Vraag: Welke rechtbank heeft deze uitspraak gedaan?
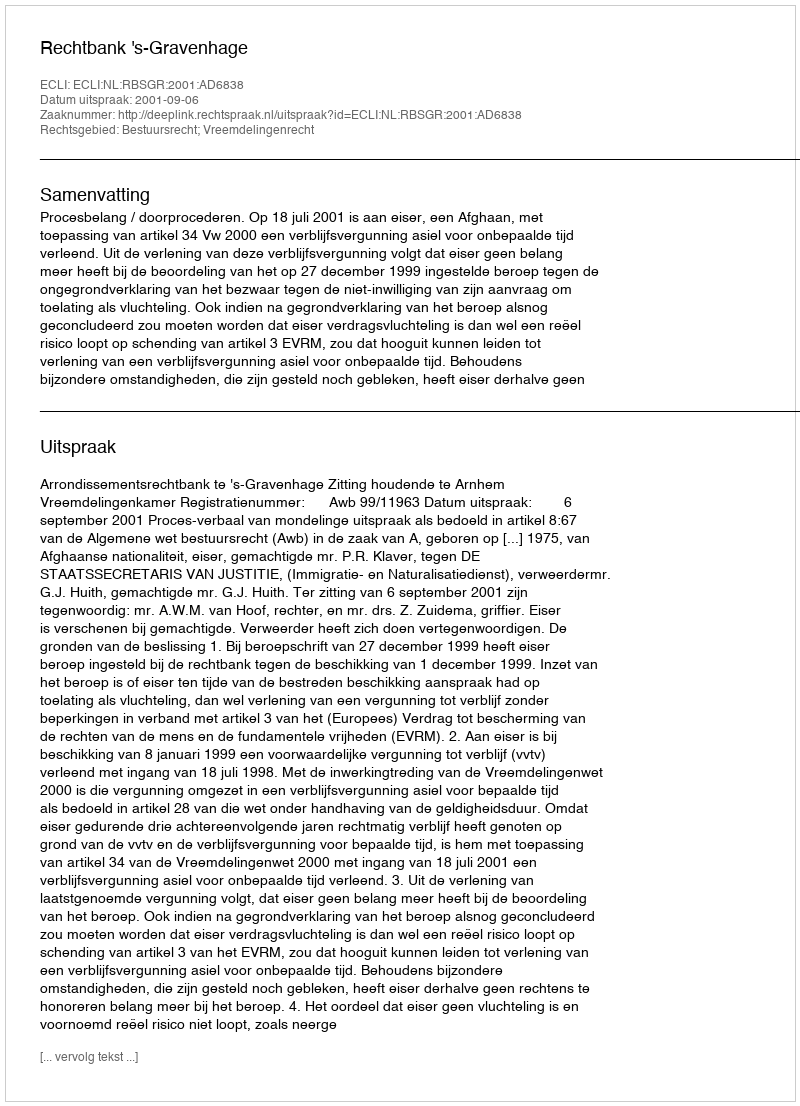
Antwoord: Rechtbank 's-Gravenhage